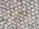
نحن